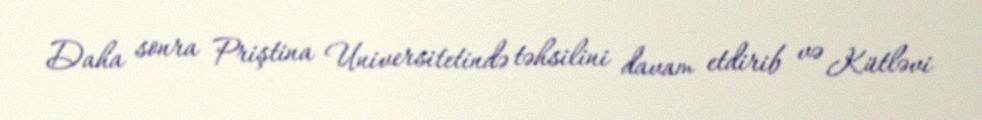
Daha sonra Priştina Universitetində təhsilini davam etdirib və Kütləvi